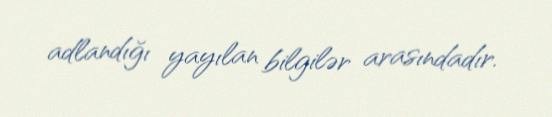
adlandığı yayılan bilgilər arasındadır.